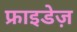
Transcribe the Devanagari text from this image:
फ्राइडेज़